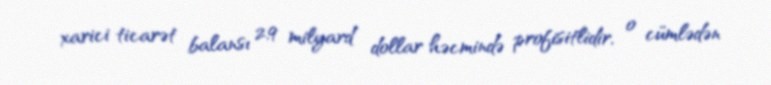
xarici ticarət balansı 2,9 milyard dollar həcmində profisitlidir, o cümlədən